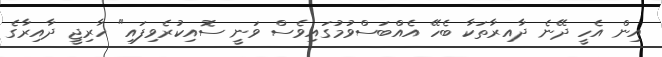
އިން އެހީ ދޭނެ ދާއިރާތަކާ ބެހޭ އެއްބަސްވުމުގައިވެސް ވަނީ ސޮއިކުރެވިފައި" ހާރިޖީ ދާއިރާގެ